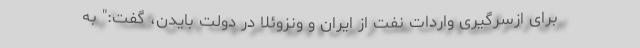
برای ازسرگیری واردات نفت از ایران و ونزوئلا در دولت بایدن، گفت:" به